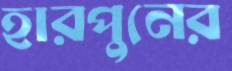
হারপুনের